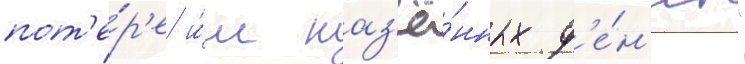
пот'е́р'е и́м каз'ё́нных д'е́н'ег"